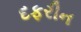
દફરીન